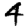
Digit: 4